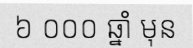
៦ ០០០ ឆ្នាំ មុន